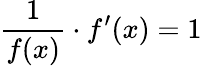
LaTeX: {\frac{1}{f(x)}}\cdot f^{\prime}(x)=1